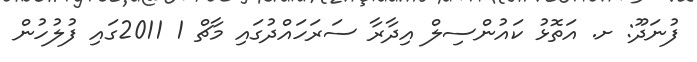
ފުނަދޫ: ށ. އަތޮޅު ކައުންސިލް އިދާރާ ސަރަހައްދުގައި މާޗް 1 2011ގައި ފުލުހުން